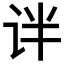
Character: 𫟟